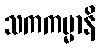
သကကမ္မာနိ